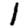
Digit: 1